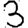
Digit: 3